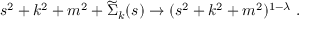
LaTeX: s ^ { 2 } + k ^ { 2 } + m ^ { 2 } + \widetilde { \Sigma } _ { k } ( s ) \rightarrow ( s ^ { 2 } + k ^ { 2 } + m ^ { 2 } ) ^ { 1 - \lambda } \; .